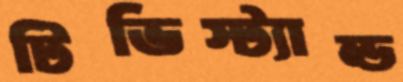
টিভিস্ট্যান্ড